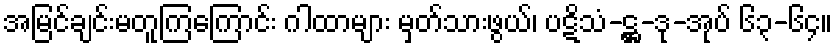
အမြင်ချင်းမတူကြကြောင်း ဂါထာများ မှတ်သားဖွယ်၊ ပဋိသံ-ဋ္ဌ-ဒု-အုပ် ၆၃-၆၄။